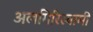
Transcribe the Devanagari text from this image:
अलगिरिस्वामी